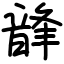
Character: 韸